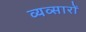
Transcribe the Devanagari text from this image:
व्यव्सारों